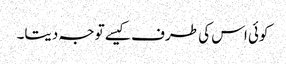
کوئی اس کی طرف کیسے توجہ دیتا۔